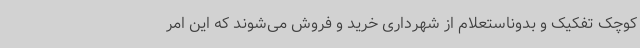
کوچک تفکیک و بدوناستعلام از شهرداری خرید و فروش می‌شوند که این امر